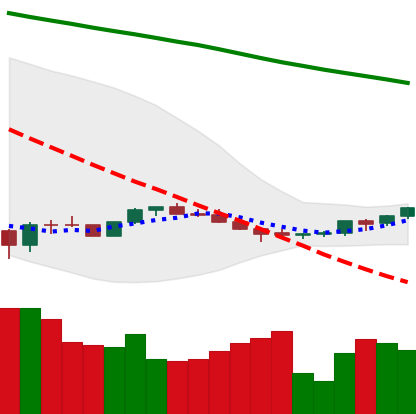
Ticker: ETH-USD
Chart end date: 2022-07-07
Forward return: -16.112%
Label: down_7plus